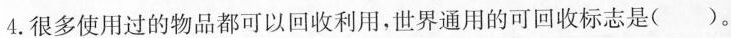
4.很多使用过的物品都可以回收利用，世界通用的可回收标志是( )。